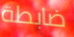
ضابطة